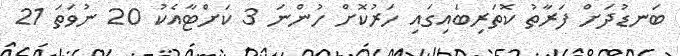
ބަނޑުދަށް ފަރާތު ކޮތަރިބައިގައި ހަރުކޮށް ހުންނަ 3 ކަށްޓާއެކު 20 ނުވަތަ 21